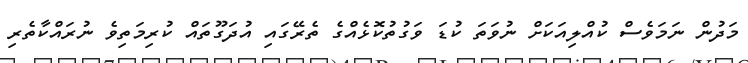
މަދުން ނަމަވެސް ކުއްލިއަކަށް ނުވަތަ ކުޑަ ވަގުތުކޮޅެއްގެ ތެރޭގައި އުދަގޫތައް ކުރިމަތިވެ ނުރައްކާތެރި